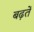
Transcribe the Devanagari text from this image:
बढ़तें